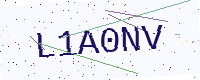
Text: L1A0NV